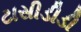
ટાસીડીડી